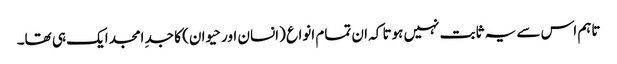
تاہم اس سے یہ ثابت نہیں ہوتا کہ ان تمام انواع (انسان اور حیوان) کا جدِ امجد ایک ہی تھا۔